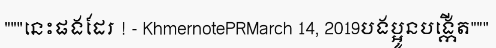
"""នេះផងដែរ ! - KhmernotePRMarch 14, 2019បងប្អូនបង្កើត"""